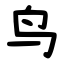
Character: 鸟